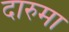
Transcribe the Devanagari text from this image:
दारुमा